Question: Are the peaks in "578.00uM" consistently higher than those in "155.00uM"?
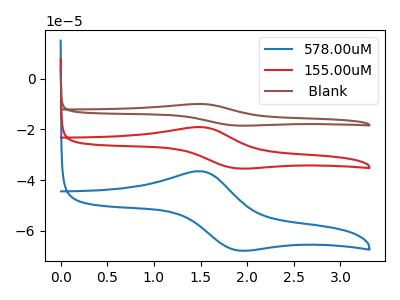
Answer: <think>The blue curve "578.00uM" has an anodic peak at (1.50V, -36.55uA) and a cathodic peak at (1.90V, -67.70uA). The red curve "155.00uM" has an anodic peak at (1.50V, -19.10uA) and a cathodic peak at (1.90V, -35.40uA). The brown curve " Blank" has an anodic peak at (1.50V, -38.20uA) and a cathodic peak at (1.90V, -70.80uA).</think>
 <answer>The peaks in "578.00uM" are neither all higher or all lower than the peaks in "155.00uM".</answer>
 <eval>mixed</eval>